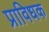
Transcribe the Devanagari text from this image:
प्राविधक